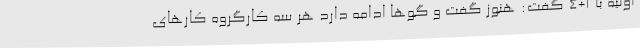
اولیه با ۱+۴ گفت: هنوز گفت و گوها ادامه دارد هر سه کارگروه کارهای